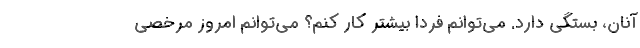
آنان، بستگی دارد. می‌توانم فردا بیشتر کار کنم؟ می‌توانم امروز مرخصی